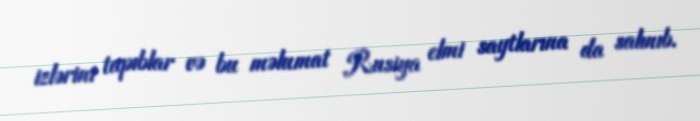
izlərini tapıblar və bu məlumat Rusiya elmi saytlarına da salınıb.